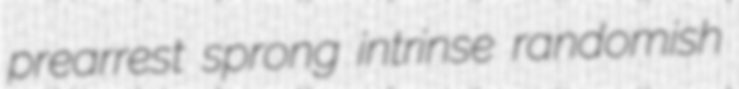
prearrest sprong intrinse randomish